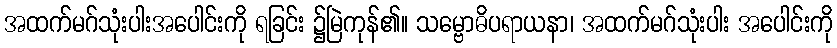
အထက်မဂ်သုံးပါးအပေါင်းကို ရခြင်း ၌မြဲကုန်၏။ သမ္ဗောဓိပရာယနာ၊ အထက်မဂ်သုံးပါး အပေါင်းကို